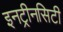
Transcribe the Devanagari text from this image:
इनट्रीनसिटी